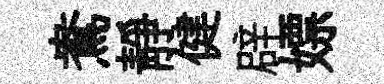
鴦靜健辟嫖